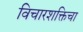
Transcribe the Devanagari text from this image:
विचारशक्तिचा